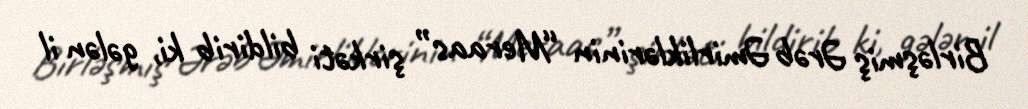
Birləşmiş Ərəb Əmirliklərinin “Meraas” şirkəti bildirib ki, gələn il